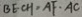
B E C H = A F \cdot A C